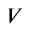
V